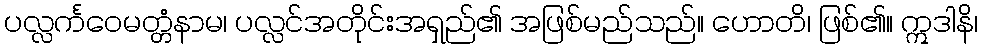
ပလ္လင်္ကဝေမတ္တံနာမ၊ ပလ္လင်အတိုင်းအရှည်၏ အဖြစ်မည်သည်။ ဟောတိ၊ ဖြစ်၏။ ဣဒါနိ၊